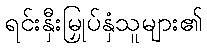
ရင်းနှီးမြှုပ်နှံသူများ၏